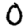
Digit: 0